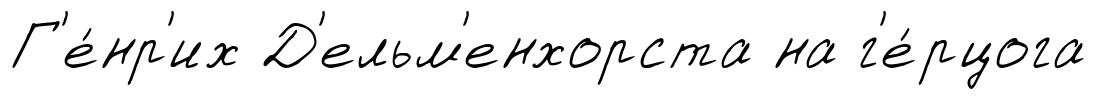
Г'е́нр'их Д'ельм'енхорста на г'е́рцога